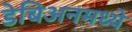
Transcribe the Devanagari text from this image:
डेबिअनमध्ये